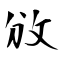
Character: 攽